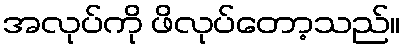
အလုပ်ကို ဖိလုပ်တော့သည်။